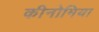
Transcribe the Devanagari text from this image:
कीनोमिया